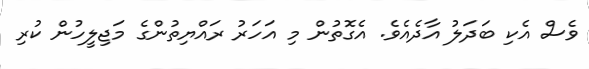
ވެސް އެކި ބަދަލު އާދެއެވެ. އެގޮތުން މި އަހަރު ރައްޔިތުންގެ މަޖިލީހުން ކުރި